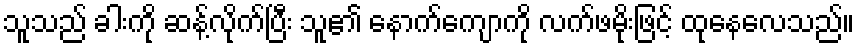
သူသည် ခါးကို ဆန့်လိုက်ပြီး သူ၏ နောက်ကျောကို လက်ဖမိုးဖြင့် ထုနေလေသည်။